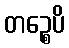
တဉ္စေပိ